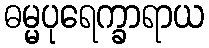
ဓမ္မပုရေက္ခာရာယ